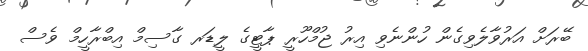
ބޭރަށް އަރުވާލެވިގެން ހުންނެވި އިރު ޖުމްހޫރީ ޕާޓީގެ ލީޑަރ ގާސިމް އިބްރާހީމް ވެސް